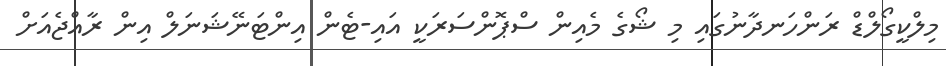
މިލްކީގޯލްޑް ރަންހަނދާނުގައި މި ޝޯގެ މެއިން ސްޕޮންސަރަކީ އައި-ޓެން އިންޓަނޭޝަނަލް އިން ރާއްޖެއަށް